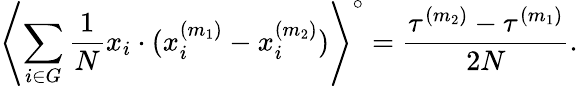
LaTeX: \left\langle\sum_{i\in G}\frac{1}{N}x_{i}\cdot(x_{i}^{(m_{1})}-x_{i}^{(m_{2})})\right\rangle^{\circ}=\frac{\tau^{(m_{2})}-\tau^{(m_{1})}}{2N}.